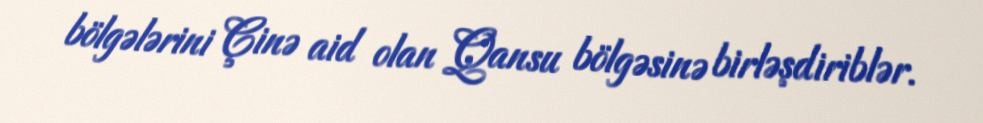
bölgələrini Çinə aid olan Qansu bölgəsinə birləşdiriblər.